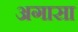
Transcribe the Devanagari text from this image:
अगासा